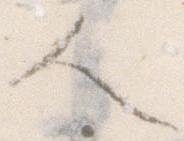
人